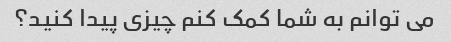
می توانم به شما کمک کنم چیزی پیدا کنید؟